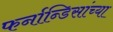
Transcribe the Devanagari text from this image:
फर्नान्डिसांच्या